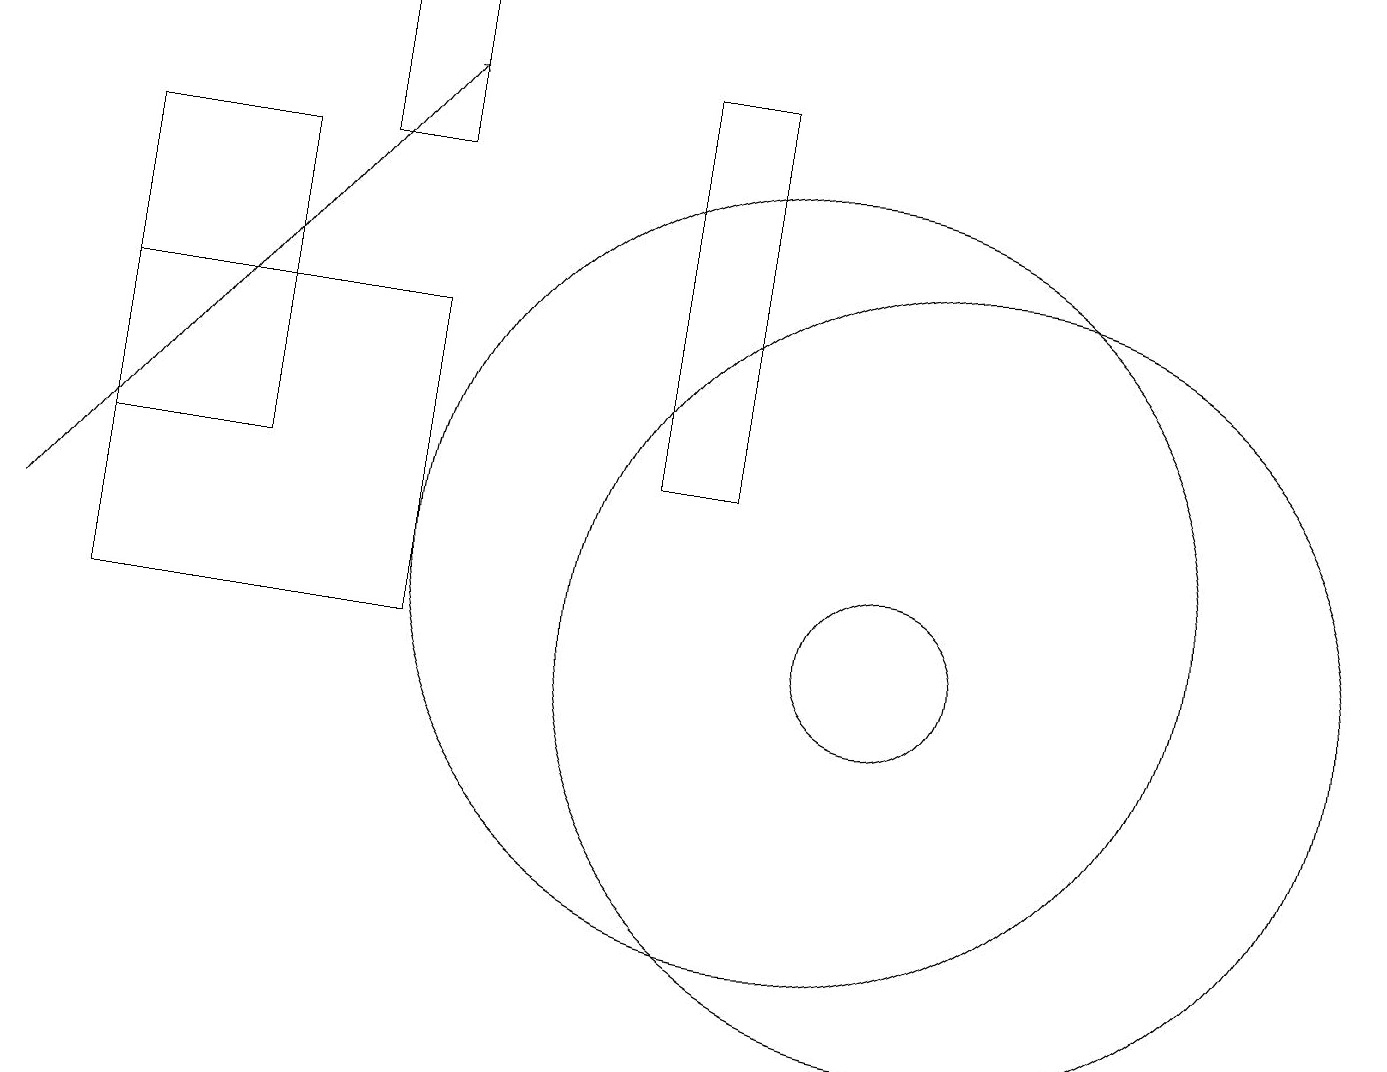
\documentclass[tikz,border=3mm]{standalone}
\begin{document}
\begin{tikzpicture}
\draw (4,16) rectangle (5,18);
\draw (11,10) circle (1);
\draw (9,17) rectangle (8,12);
\draw (5,10) rectangle (1,14);
\draw (12,10) circle (5);
\draw[->] (0,11) -- (5,17);
\draw (3,16) rectangle (1,12);
\draw (10,11) circle (5);
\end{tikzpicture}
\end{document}